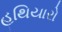
હથિયારો